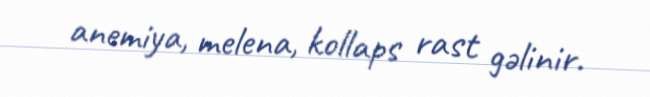
anemiya, melena, kollaps rast gəlinir.